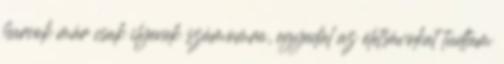
harcok már csak ilyenek számomra, egyedül az életsávokat tudtam